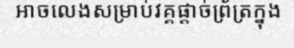
អាចលេងសម្រាប់វគ្គផ្តាច់ព្រ័ត្រក្នុង